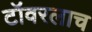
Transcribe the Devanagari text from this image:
टॉवरलाच